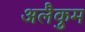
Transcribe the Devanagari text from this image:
अलैकुम